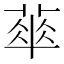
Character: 𬝨